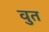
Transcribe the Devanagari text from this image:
वुत